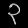
Digit: ၃